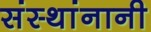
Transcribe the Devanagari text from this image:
संस्थांनानी